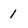
Character: 1